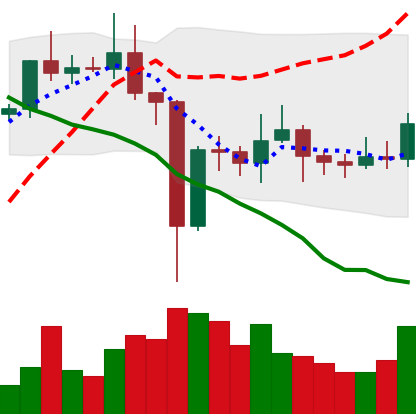
Ticker: EOS-USD
Chart end date: 2021-01-03
Forward return: 11.745%
Label: up_7plus